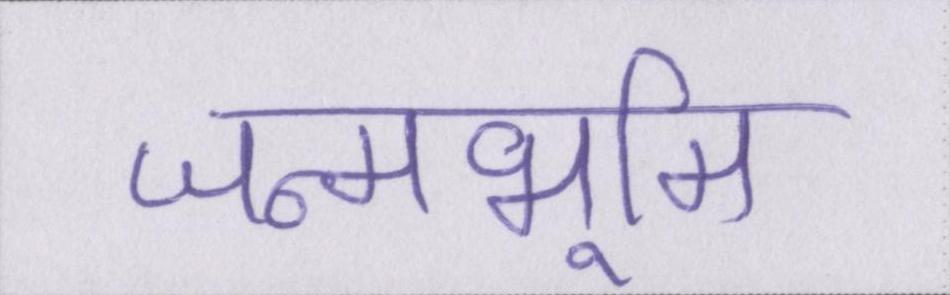
जन्मभूमि